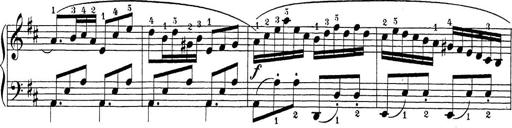
Title: Sonatina Album
Composer: Louis KÃ¶hler